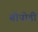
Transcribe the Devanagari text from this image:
बोपोडी